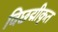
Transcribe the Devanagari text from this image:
विछद्मीकृत